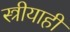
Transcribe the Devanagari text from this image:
स्त्रीयाही